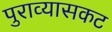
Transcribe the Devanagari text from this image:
पुराव्यासकट